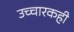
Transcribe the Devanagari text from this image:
उच्चारकही